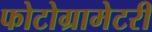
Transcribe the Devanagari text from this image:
फोटोग्रामेटरी